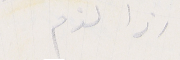
اذا لزم